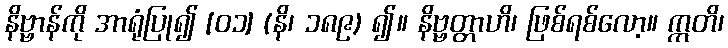
နိဗ္ဗာန်ကို အာရုံပြု၍ [၀၁] (နိ၊ ၁၈၉) ၍။ နိဗ္ဗတ္တာဟိ၊ ဖြစ်ရစ်လော့။ ဣတိ၊